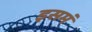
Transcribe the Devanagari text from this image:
इसमं